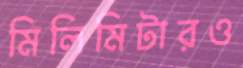
মিলিমিটারও